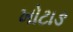
ખોટાઙ